65_HS1-834228961_62-HQ-83894_Serial_164
Agency: FBI
Page 25
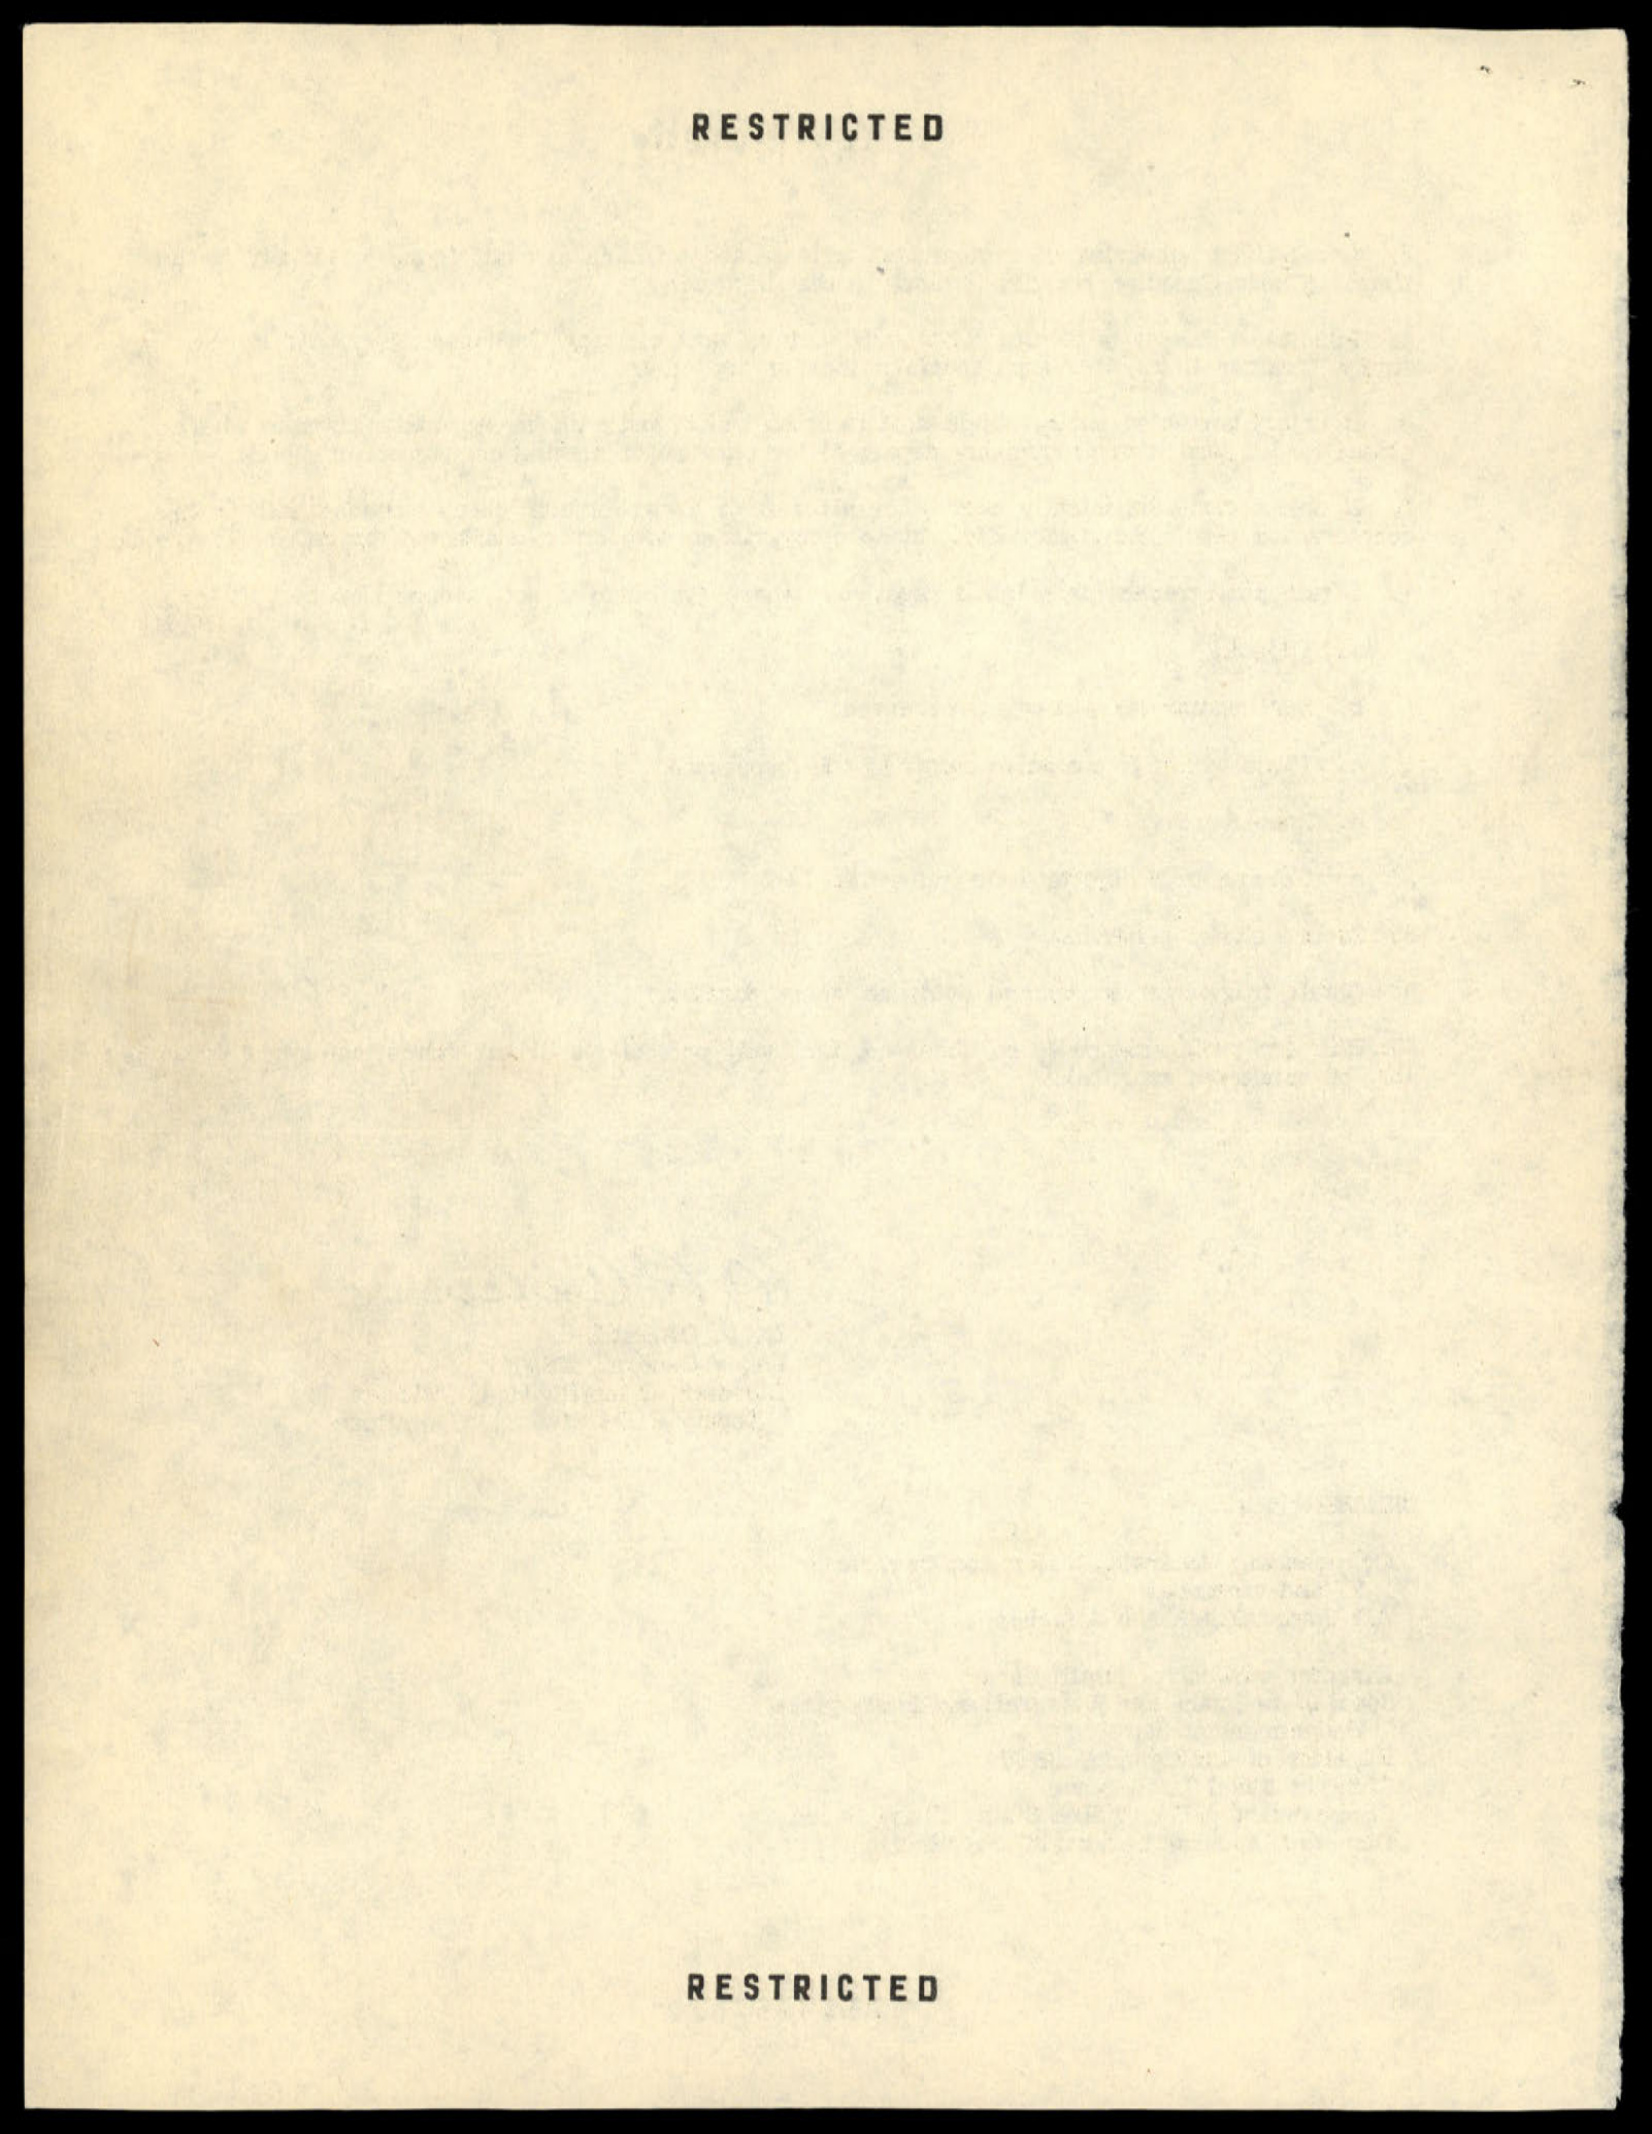